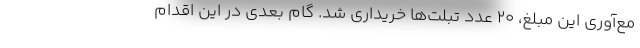
مع‌آوری این مبلغ، ۲۰ عدد تبلت‌ها خریداری شد. گام بعدی در این اقدام